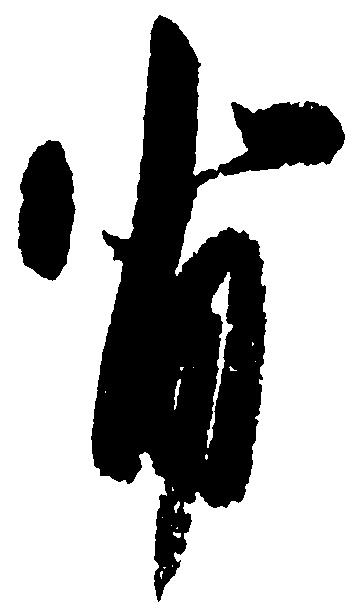
背